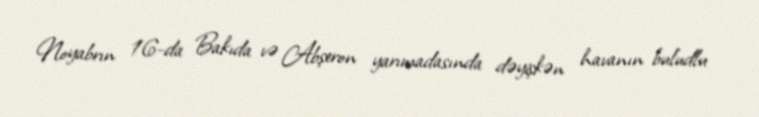
Noyabrın 16-da Bakıda və Abşeron yarımadasında dəyişkən havanın buludlu